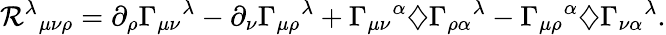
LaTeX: {\mathcal{R}^{\lambda}}_{\mu\nu\rho}=\partial_{\rho}{\Gamma_{\mu\nu}}^{\lambda}-\partial_{\nu}{\Gamma_{\mu\rho}}^{\lambda}+{\Gamma_{\mu\nu}}^{\alpha}\diamondsuit{\Gamma_{\rho\alpha}}^{\lambda}-{\Gamma_{\mu\rho}}^{\alpha}\diamondsuit{\Gamma_{\nu\alpha}}^{\lambda}.